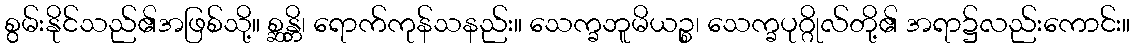
စွမ်းနိုင်သည်၏အဖြစ်သို့။ စ္ဆန္တိ၊ ရောက်ကုန်သနည်း။ သေက္ခဘူမိယဉ္စ၊ သေက္ခပုဂ္ဂိုလ်တို့၏ အရာ၌လည်းကောင်း။